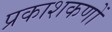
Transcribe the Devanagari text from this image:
प्रकाशकणों